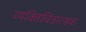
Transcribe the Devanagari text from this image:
व्यक्तिचित्रात्मक